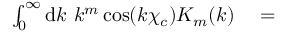
\begin{array} { r l } { \int _ { 0 } ^ { \infty } \mathrm { d } k \ k ^ { m } \cos ( k \chi _ { c } ) K _ { m } ( k ) } & { { } = } \end{array}